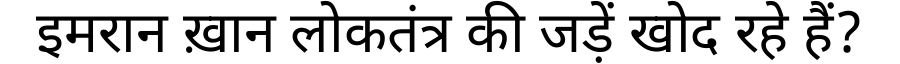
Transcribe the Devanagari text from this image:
इमरान ख़ान लोकतंत्र की जड़ें खोद रहे हैं?